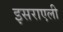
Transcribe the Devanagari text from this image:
इसराएली